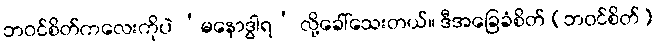
ဘဝင်စိတ်ကလေးကိုပဲ ‘မနောဒွါရ’ လို့ခေါ်သေးတယ်။ ဒီအခြေခံစိတ် (ဘဝင်စိတ်)